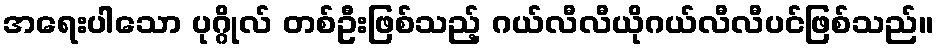
အရေးပါသော ပုဂ္ဂိုလ် တစ်ဦးဖြစ်သည့် ဂယ်လီလီယိုဂယ်လီလီပင်ဖြစ်သည်။